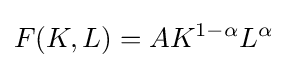
F(K,L)=AK^{1-\alpha }L^{\alpha }